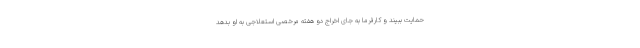
حمایت ببیند و کارفرما به جای اخراج دو هفته مرخصی استعلاجی به او بدهد